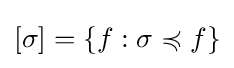
[\sigma ]=\{f:\sigma \preccurlyeq f\}